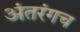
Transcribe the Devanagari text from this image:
अंतरंगच